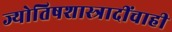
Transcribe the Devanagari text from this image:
ज्योतिषशास्त्रादींचाही